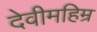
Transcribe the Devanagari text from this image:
देवीमहिम्र